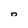
Character: o